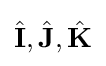
{\hat {\mathbf {I} }},{\hat {\mathbf {J} }},{\hat {\mathbf {K} }}